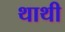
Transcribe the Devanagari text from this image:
थाथी